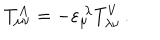
T _ { \mu \nu } ^ { A } = - \varepsilon _ { \mu } ^ { \ \lambda } T _ { \lambda \nu } ^ { V } \, .